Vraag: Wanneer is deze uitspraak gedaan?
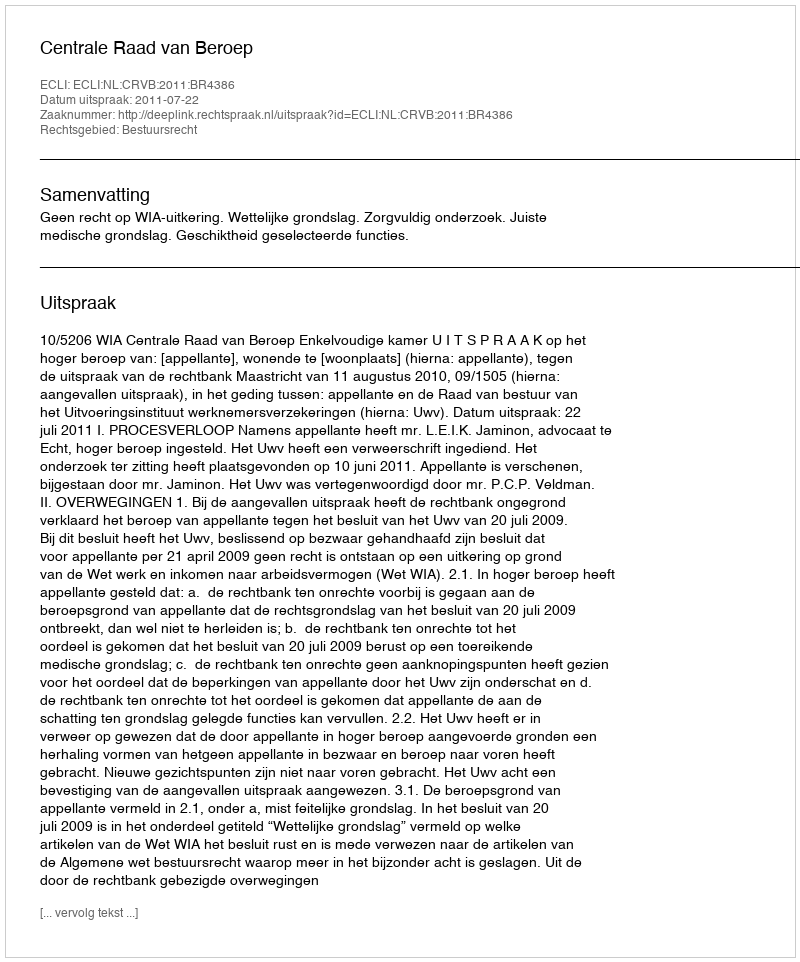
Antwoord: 2011-07-22